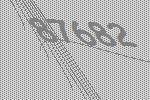
87682